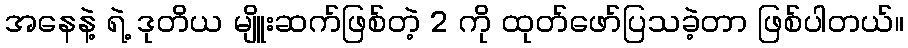
အနေနဲ့ ရဲ့ ဒုတိယ မျိူးဆက်ဖြစ်တဲ့ 2 ကို ထုတ်ဖော်ပြသခဲ့တာ ဖြစ်ပါတယ်။